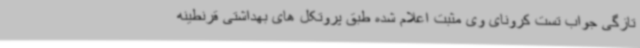
تازگی جواب تست کرونای وی مثبت اعلام شده طبق پروتکل های بهداشتی قرنطینه